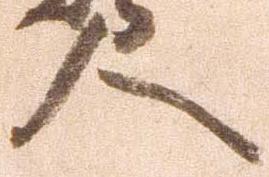
人